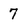
Character: 7